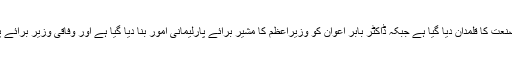
دریں اثناء وفاقی وزیر حماداظہر کو اقتصادی امور کی جگہ وزارت صنعت کا قلمدان دیا گیا ہے جبکہ ڈاکٹر بابر اعوان کو وزیراعظم کا مشیر برائے پارلیمانی امور بنا دیا گیا ہے اور وفاقی وزیر برائے پارلیمانی امور اعظم سواتی کو نارکوٹکس کنٹرول کا قلمدان دیا گیا ہے۔